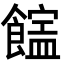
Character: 𩞜